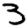
Digit: 3